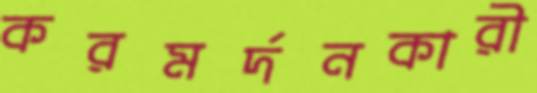
করমর্দনকারী